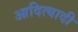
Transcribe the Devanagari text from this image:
आदित्यादी